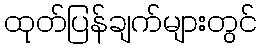
ထုတ်ပြန်ချက်များတွင်